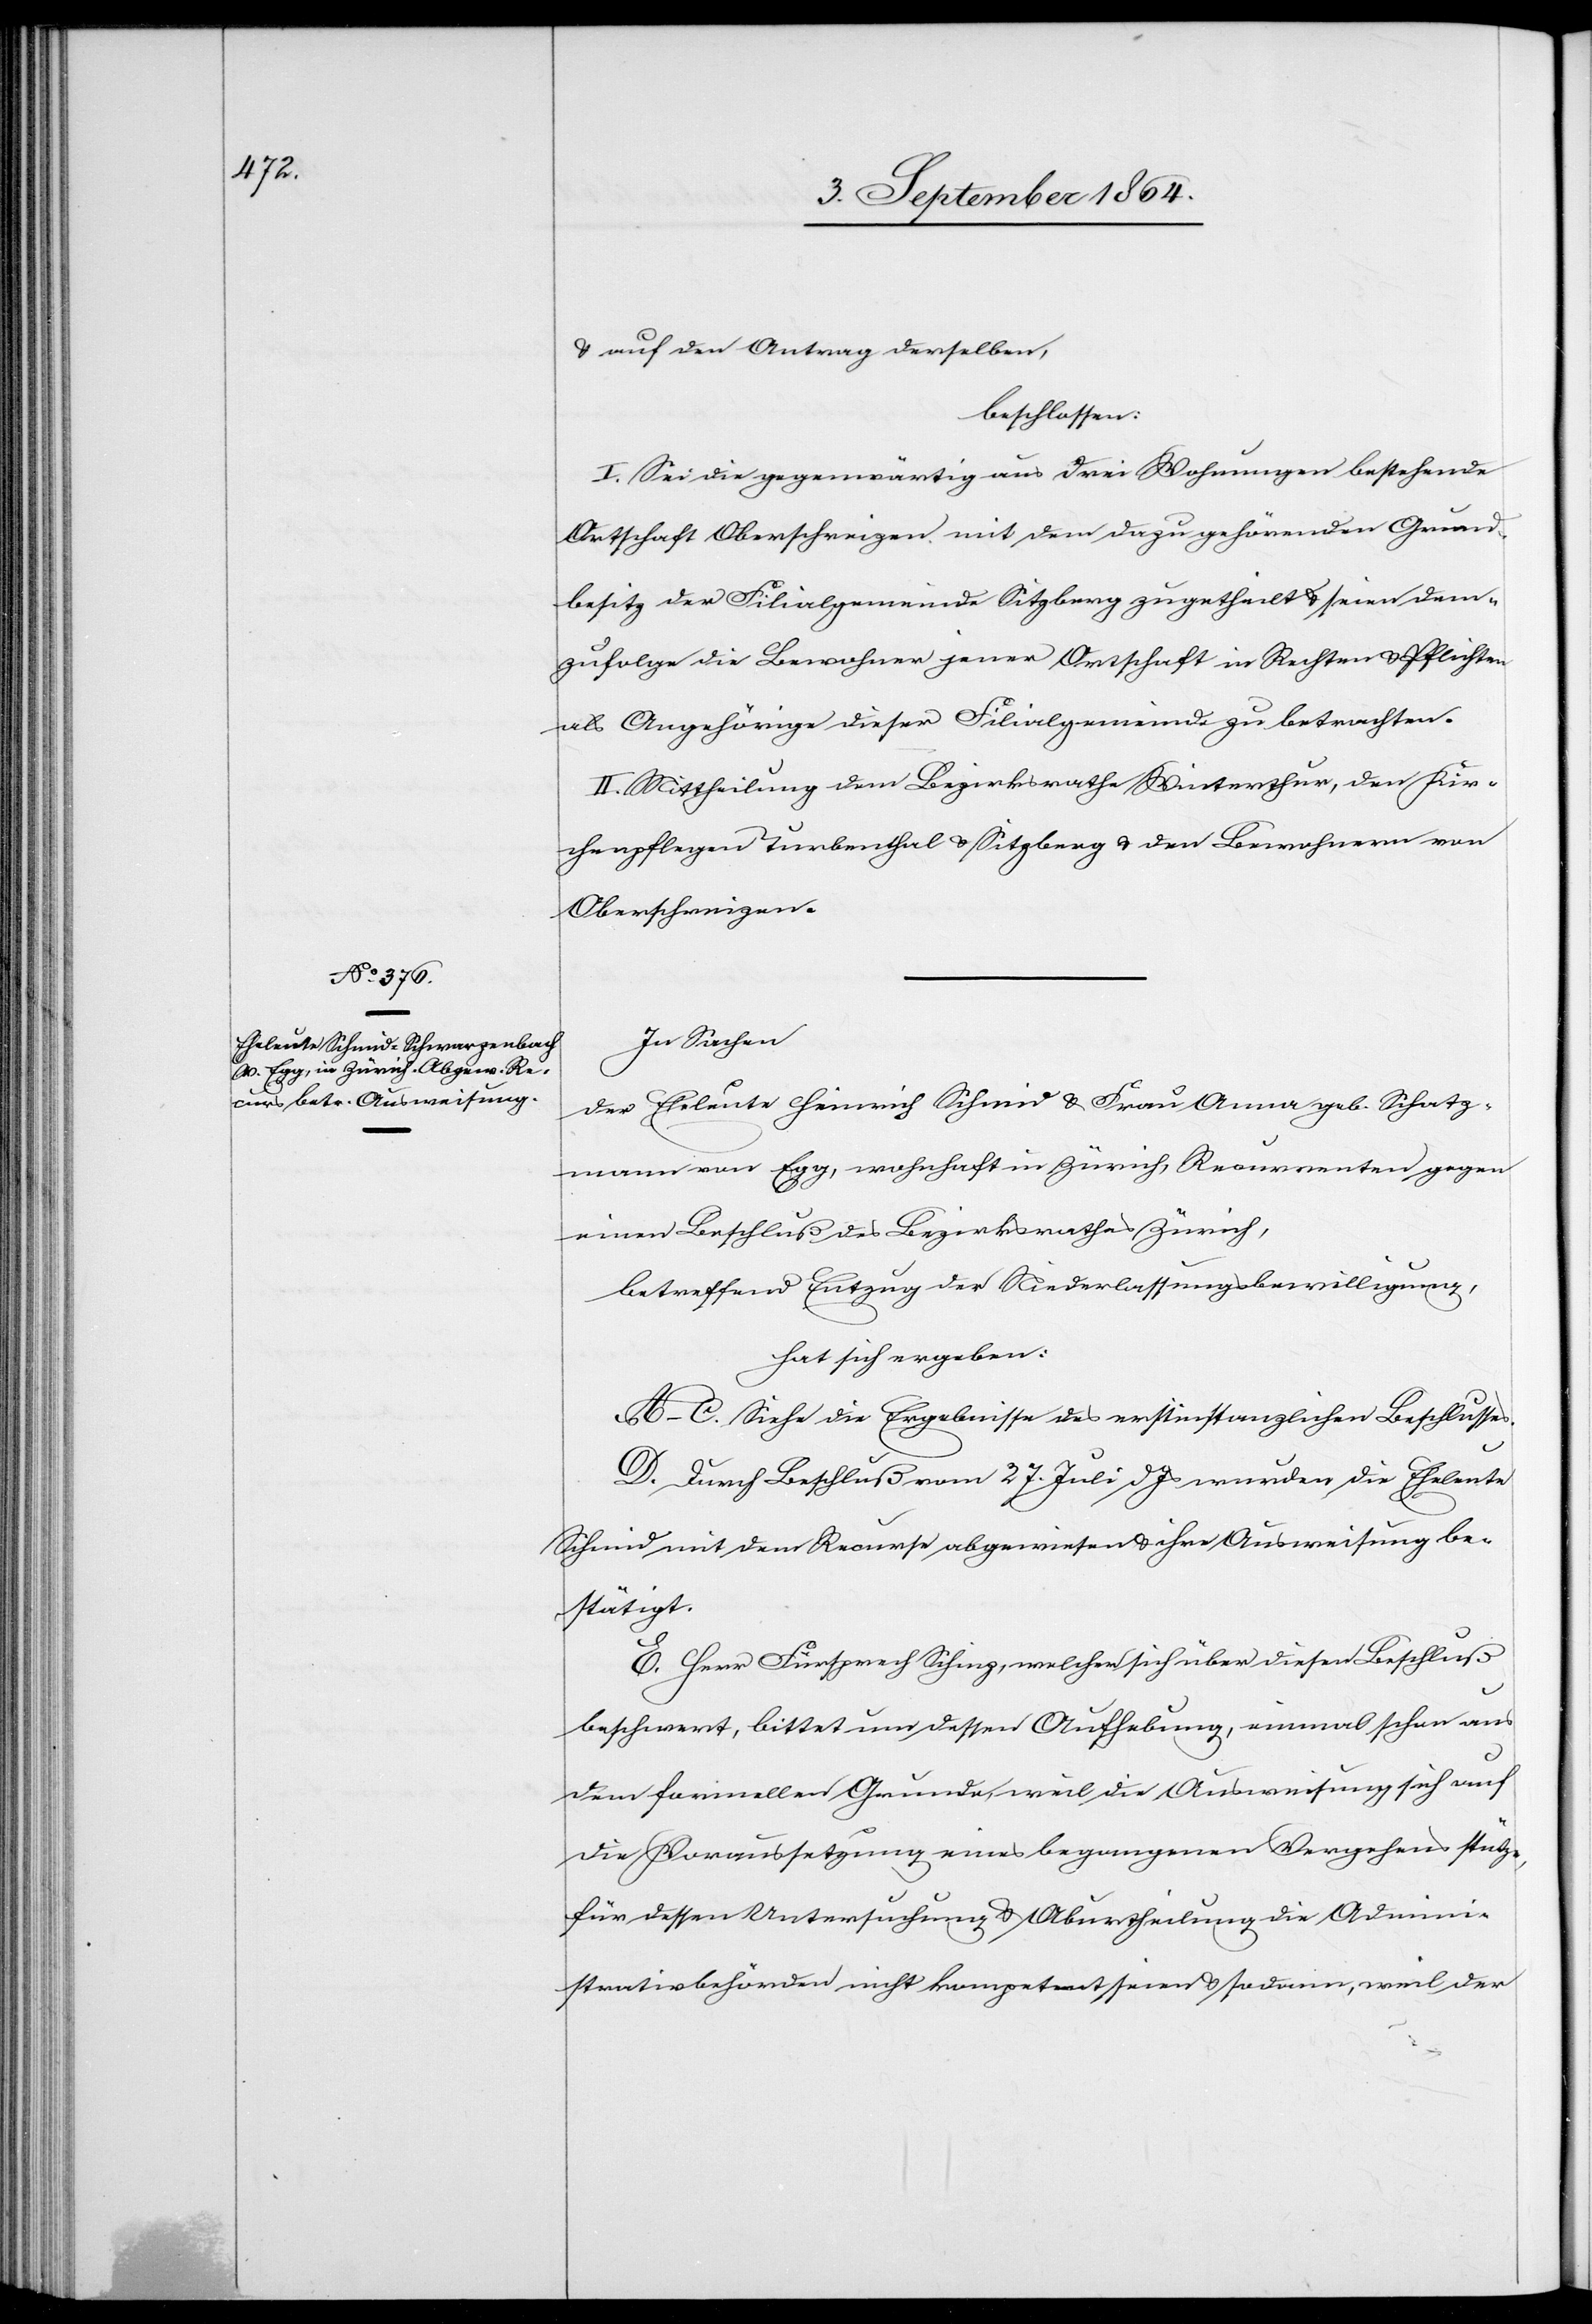
& auf den Antrag derselben
beschlossen:
I. Sei die gegenwärtig aus drei Wohnungen bestehende
Ortschaft Oberschreizen mit dem dazu gehörenden Grund¬
besitz der Filialgemeinde Sitzberg zugetheilt & seien dem¬
zufolge die Bewohner jener Ortschaft in Rechten & Pflichten
als Angehörige dieser Filialgemeinde zu betrachten.
II. Mittheilung dem Bezirksrathe Winterthur, den Kir¬
chenpflegen Turbenthal & Sitzberg & den Bewohnern von
Oberschreizen.
In Sachen
der Eheleute Heinrich Schmid & Frau Anna geb. Schatz¬
mann von Egg, wohnhaft in Zürich, Recurrenten gegen
einen Beschluß des Bezirksrathes Zürich,
betreffend Entzug der Niederlassungsbewilligung,
hat sich ergeben:
A.–C. Siehe die Ergebnisse des erstinstanzlichen Beschlusses.
D. Durch Beschluß vom 27. Juli d. Js wurden die Eheleute
Schmid mit dem Recurse abgewiesen & ihre Ausweisung be¬
stätigt.
E. Herr Fürsprech Schinz, welcher sich über diesen Beschluß
beschwert, bittet um dessen Aufhebung, einmal schon aus
dem formellen Grunde, weil die Ausweisung sich auf
die Voraussetzung eines begangenen Vergehens stütze,
für dessen Untersuchung & Aburtheilung die Admini¬
strationsbehörden nicht kompetent seien & sodann, weil der